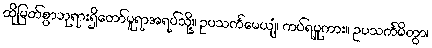
ထိုမြတ်စွာဘုရားရှိတော်မူရာအရပ်သို့။ ဥပသင်္ကမေယျံ၊ ကပ်ရမူကား။ ဥပသင်္ကမိတွာ၊